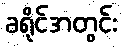
ခရိုင်အတွင်း